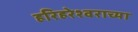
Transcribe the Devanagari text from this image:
हरिहरेश्वराच्या